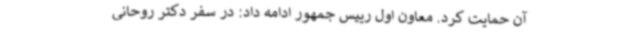
آن حمایت کرد. معاون اول رییس جمهور ادامه داد: ‌در سفر دکتر روحانی